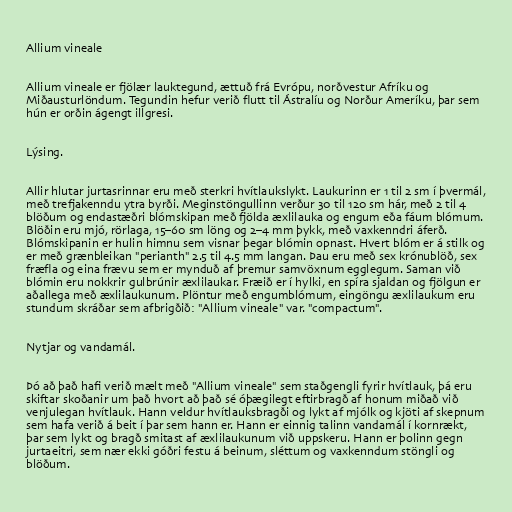
Allium vineale

Allium vineale er fjölær lauktegund, ættuð frá Evrópu, norðvestur Afríku og
Miðausturlöndum. Tegundin hefur verið flutt til Ástralíu og Norður Ameríku, þar sem
hún er orðin ágengt illgresi.

Lýsing.

Allir hlutar jurtasrinnar eru með sterkri hvítlaukslykt. Laukurinn er 1 til 2 sm í þvermál,
með trefjakenndu ytra byrði. Meginstöngullinn verður 30 til 120 sm hár, með 2 til 4
blöðum og endastæðri blómskipan með fjölda æxlilauka og engum eða fáum blómum.
Blöðin eru mjó, rörlaga, 15–60 sm löng og 2–4 mm þykk, með vaxkenndri áferð.
Blómskipanin er hulin himnu sem visnar þegar blómin opnast. Hvert blóm er á stilk og
er með grænbleikan "perianth" 2.5 til 4.5 mm langan. Þau eru með sex krónublöð, sex
fræfla og eina frævu sem er mynduð af þremur samvöxnum egglegum. Saman við
blómin eru nokkrir gulbrúnir æxlilaukar. Fræið er í hylki, en spíra sjaldan og fjölgun er
aðallega með æxlilaukunum. Plöntur með engumblómum, eingöngu æxlilaukum eru
stundum skráðar sem afbrigðið: "Allium vineale" var. "compactum".

Nytjar og vandamál.

Þó að það hafi verið mælt með "Allium vineale" sem staðgengli fyrir hvítlauk, þá eru
skiftar skoðanir um það hvort að það sé óþægilegt eftirbragð af honum miðað við
venjulegan hvítlauk. Hann veldur hvítlauksbragði og lykt af mjólk og kjöti af skepnum
sem hafa verið á beit í þar sem hann er. Hann er einnig talinn vandamál í kornrækt,
þar sem lykt og bragð smitast af æxlilaukunum við uppskeru. Hann er þolinn gegn
jurtaeitri, sem nær ekki góðri festu á beinum, sléttum og vaxkenndum stöngli og
blöðum.